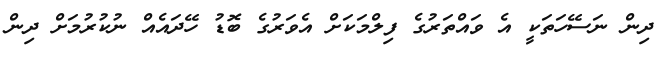
ދިން ނަސޭހަތަކީ އެ ވައްތަރުގެ ފިލްމަކަށް އެވަރުގެ ބޮޑު ހޭދައެއް ނުކުރުމަށް ދިން